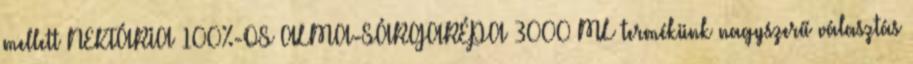
mellett NEKTÁRIA 100%-OS ALMA-SÁRGARÉPA 3000 ML termékünk nagyszerű választás